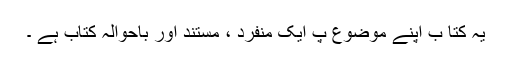
یہ کتا ب اپنے موضوع پ ایک منفرد ، مستند اور باحوالہ کتاب ہے ۔